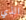
الذي